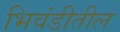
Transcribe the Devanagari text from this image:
भिवंडीतील